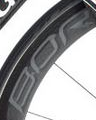
BOR